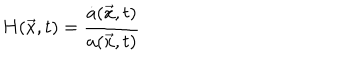
H ( \vec { x } , t ) = \frac { \dot { a } ( \vec { x } , t ) } { a ( \vec { x } , t ) }